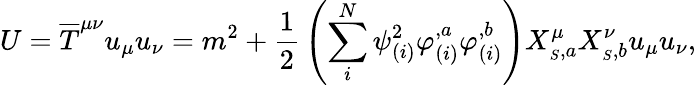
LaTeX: U=\overline{{T}}^{\mu\nu}u_{\mu}u_{\nu}=m^{2}+{\frac{1}{2}}\left(\sum_{i}^{N}\psi_{(i)}^{2}\varphi_{(i)}^{,a}\varphi_{(i)}^{,b}\right)X_{_{S},a}^{\mu}X_{_{S},b}^{\nu}u_{\mu}u_{\nu},